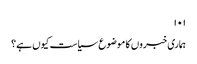
۱۰۱
ہماری خبروں کا موضوع سیاست کیوں ہے؟